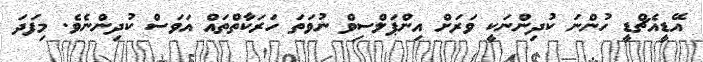
އޭޑީއެޗްޑީ ހުންނަ ކުދިންނަކީ ވަރަށް އިންޕަލްސިވް ނުވަތަ ހަރަކާތްތައް އަވަސް ކުދިންނެވެ. މިފަދަ